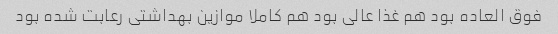
فوق العاده بود هم غذا عالی بود هم کاملا موازین بهداشتی رعابت شده بود